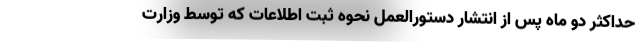
حداکثر دو ماه پس از انتشار دستورالعمل نحوه ثبت اطلاعات که توسط وزارت